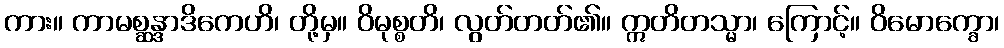
ကား။ ကာမစ္ဆန္ဒာဒိကေဟိ၊ တို့မှ။ ဝိမုစ္စတိ၊ လွတ်တတ်၏။ ဣတိတသ္မာ၊ ကြောင့်။ ဝိမောက္ခော၊